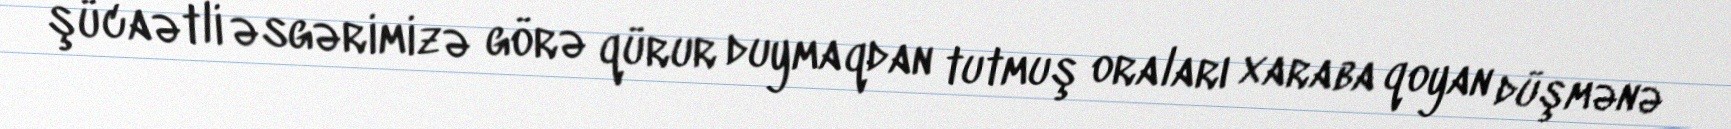
şücaətli əsgərimizə görə qürur duymaqdan tutmuş oraları xaraba qoyan düşmənə